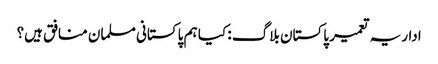
اداریہ تعمیر پاکستان بلاگ : کیا ہم پاکستانی مسلمان منافق ہیں؟